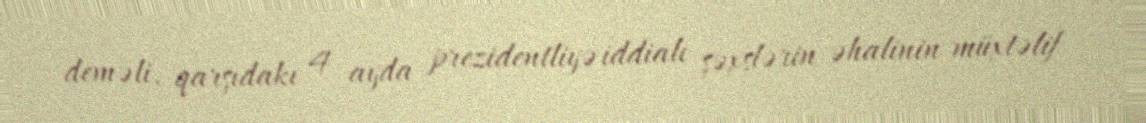
deməli, qarşıdakı 4 ayda prezidentliyə iddialı şəxslərin əhalinin müxtəlif